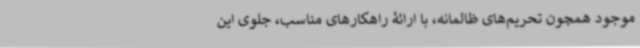
موجود همچون تحریم‌های ظالمانه، با ارائۀ راهکارهای مناسب، جلوی این